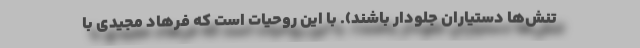
تنش‌ها دستیاران جلودار باشند). با این روحیات است که فرهاد مجیدی با